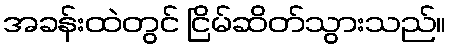
အခန်းထဲတွင် ငြိမ်ဆိတ်သွားသည်။